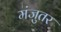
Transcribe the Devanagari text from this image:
मंजुतर